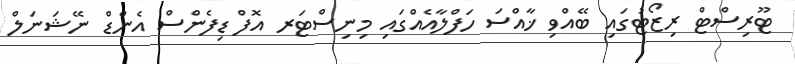
ޓޫރިސްޓް ރިޒޯޓުގައި ބޭއްވި ޚާއްސަ ހަފްލާއެއްގައި މިނިސްޓަރ އޮފް ޑިފެންސް އެންޑް ނޭޝަނަލް